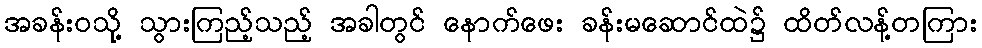
အခန်းဝသို့ သွားကြည့်သည့် အခါတွင် နောက်ဖေး ခန်းမဆောင်ထဲ၌ ထိတ်လန့်တကြား